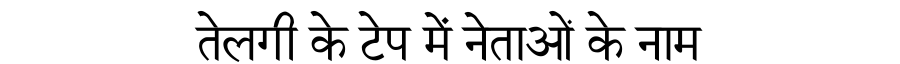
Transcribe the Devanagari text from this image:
तेलगी के टेप में नेताओं के नाम